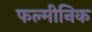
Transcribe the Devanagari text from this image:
फल्मीनिक